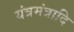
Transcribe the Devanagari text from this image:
यंत्रमंत्रादि